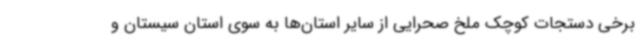
برخی دستجات کوچک ملخ صحرایی از سایر استان‌ها به سوی استان سیستان و